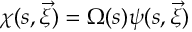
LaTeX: \chi ( s , \vec { \xi } ) = \Omega ( s ) \psi ( s , \vec { \xi } )